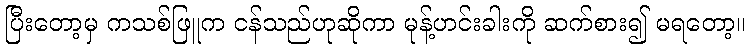
ပြီးတော့မှ ကသစ်ဖြူက ငန်သည်ဟုဆိုကာ မုန့်ဟင်းခါးကို ဆက်စား၍ မရတော့။